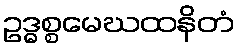
ဥဒ္ဓစ္စမေဃထနိတံ